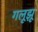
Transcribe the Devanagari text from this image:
गलूझू